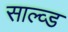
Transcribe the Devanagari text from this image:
साल्व्ड